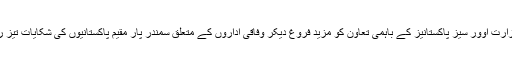
انہوں نے کہا کہ او پی سی اور وزارت اوور سیز پاکستانیز کے باہمی تعاون کو مزید فروغ دیکر وفاقی اداروں کے متعلق سمندر پار مقیم پاکستانیوں کی شکایات تیز رفتاری سے حل کی جا سکتی ہیں۔